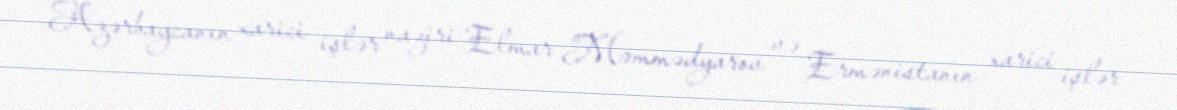
Azərbaycanın xarici işlər naziri Elmar Məmmədyarov və Ermənistanın xarici işlər